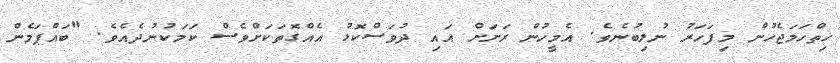
ހިތްހަމަޖެހުން މިފަހަރު ނުލިބުނެވެ. އެމީހުން ރަށަށް އައި ދުވަސްކޮޅު އެއްގޮތަކަށްވެސް ކަމަކުނުދެއެވެ. "ބައްޕަމެން